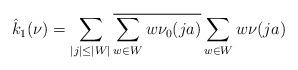
LaTeX: \begin{align*} \hat{k}_1 (\nu) = \sum_{|j| \leq |W|} \overline{ \sum_{w \in W} w \nu_0(j a)} \sum_{w \in W} w\nu( ja )\end{align*}